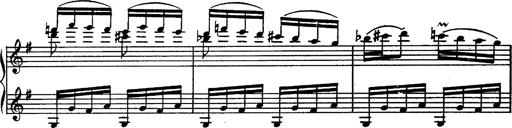
Title: Magyar rapszÃ³diÃ¡k
Composer: Franz Liszt